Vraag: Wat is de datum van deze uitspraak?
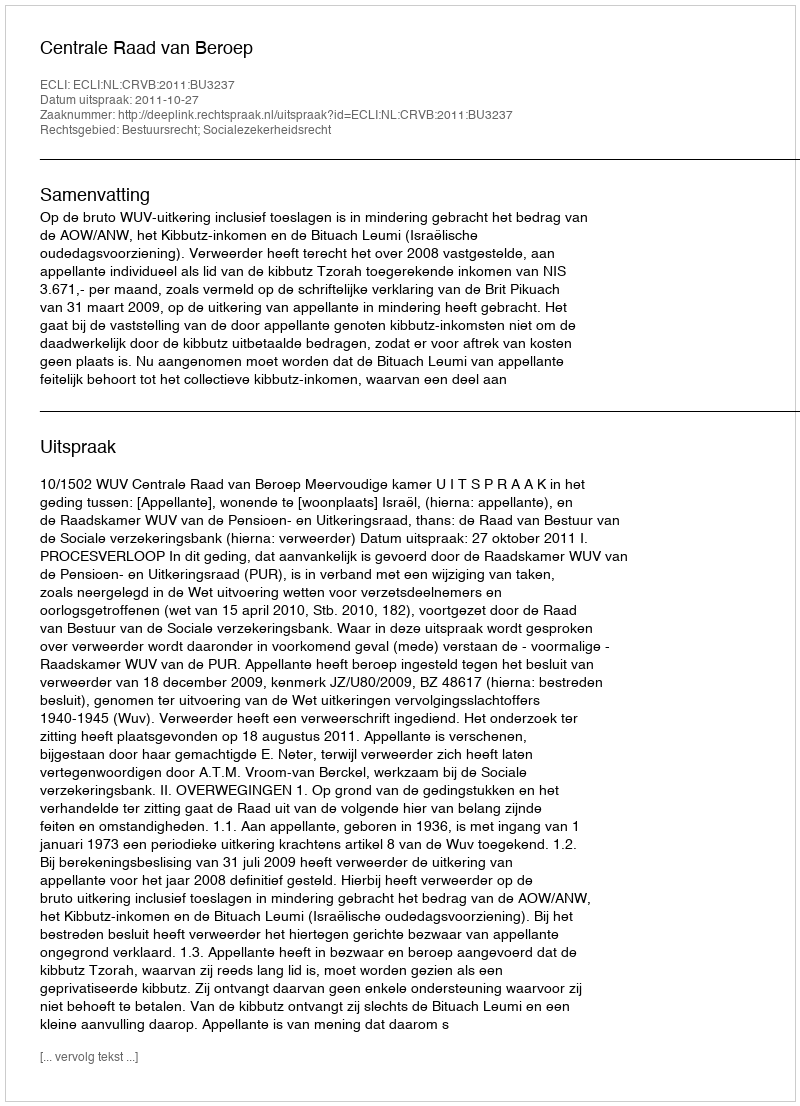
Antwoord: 2011-10-27